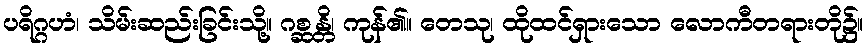
ပရိဂ္ဂဟံ၊ သိမ်းဆည်းခြင်းသို့။ ဂစ္ဆန္တိ၊ ကုန်၏။ တေသု၊ ထိုထင်ရှားသော လောကီတရားတို၌။